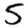
Digit: 5